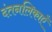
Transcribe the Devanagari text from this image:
दंतनलिकाएँ